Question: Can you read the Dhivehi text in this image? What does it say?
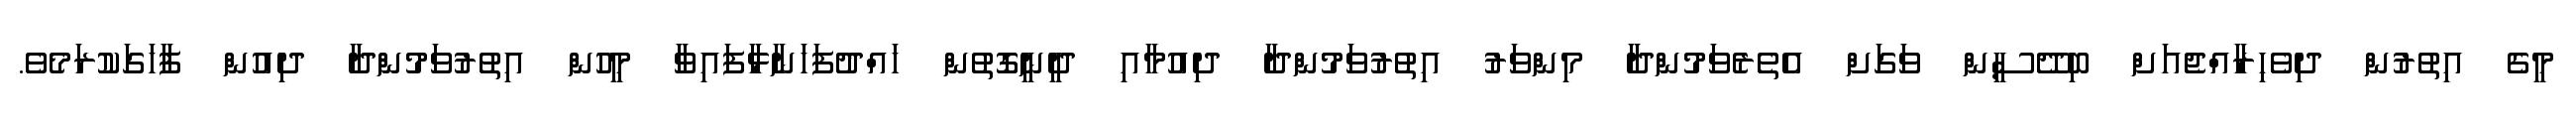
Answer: މީގެ އިތުރުން ދިވެހިރާއްޖެއަށް ބިދޭސީން ވަގަށް އެތެރެވަމުންދާ މިންވަރު އިތުރުވަމުންދާ ދިއުމާއި ދީނީގޮތުން ހައްދުފަހަނާޅާފައިވާ މީހުން އިތުރުވަމުންދާ ދިއުން ފާހަގަކުރަމެވެ.